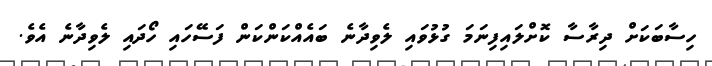
ހިސާބަކަށް ދިރާސާ ކޮށްލައިފިނަމަ ގުޅުވައި ލެވިދާނެ ބައެއްކަންކަން ފަސޭހައި ހޯދައި ލެވިދާނެ އެވެ.